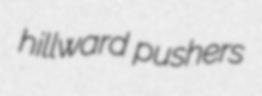
hillward pushers